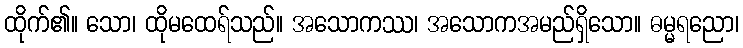
ထိုက်၏။ သော၊ ထိုမထေရ်သည်။ အသောကဿ၊ အသောကအမည်ရှိသော။ ဓမ္မရညော၊